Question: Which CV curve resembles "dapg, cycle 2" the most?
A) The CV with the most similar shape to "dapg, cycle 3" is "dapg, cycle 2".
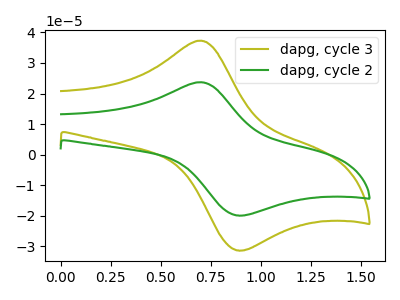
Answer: <think>The olive curve "dapg, cycle 3" has an anodic peak at (0.70V, 37.30uA) and a cathodic peak at (0.90V, -31.30uA). The green curve "dapg, cycle 2" has an anodic peak at (0.70V, 23.70uA) and a cathodic peak at (0.90V, -19.90uA).
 All the peaks in "dapg, cycle 3" have a peak in "dapg, cycle 2" at the same potential. Every peak in "dapg, cycle 3" is higher than every peak in "dapg, cycle 2".</think>
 <answer>A) The CV with the most similar shape to "dapg, cycle 3" is "dapg, cycle 2".</answer>
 <eval>A</eval>